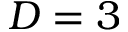
D = 3